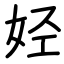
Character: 𫰛